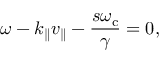
\omega - k _ { \parallel } v _ { \parallel } - \frac { s \omega _ { \mathrm { c } } } { \gamma } = 0 ,